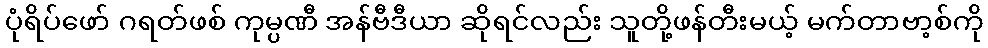
ပုံရိပ်ဖော် ဂရတ်ဖစ် ကုမ္ပဏီ အန်ဗီဒီယာ ဆိုရင်လည်း သူတို့ဖန်တီးမယ့် မက်တာဗာ့စ်ကို